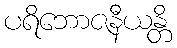
ပရိဘောဇနီယန္တိ